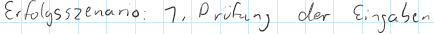
Erfolgsszenario: 1. Prüfung der Eingaben